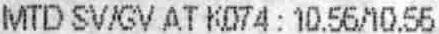
MTD SV/GV AT K074 : 10.56/10.55